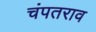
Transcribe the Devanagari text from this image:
चंपतराव